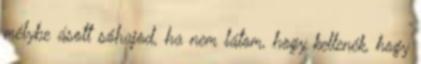
mélybe ásott sóhajod, ha nem látom, hogy kellenék, hogy